Annual statistical returns and brief notes on vaccination in Bengal - 1887-1898
Year: 1887
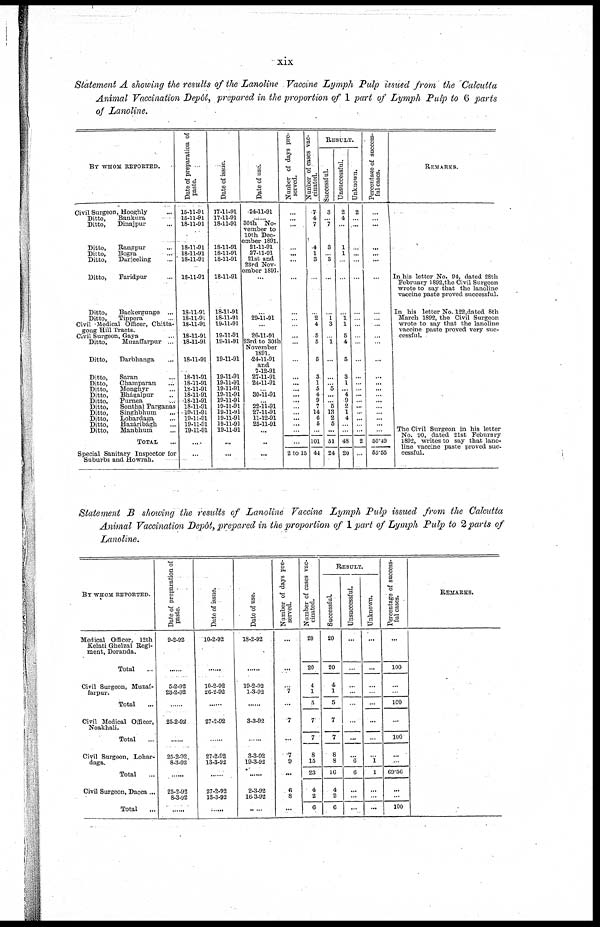
xix
Statement A showing the results of the Lanoline Vaccine Lymph Pulp issued from the Calcutta
Animal Vaccination Depôt, prepared in the proportion of 1 part of Lymph Pulp to 6 parts
of Lanoline.
BY WHOM REPORTED.
Civil Surgeon, Hooghly ...
Ditto,
Bankura ...
Ditto,
Dinajpur ...
Ditto,
Rangpur ...
Ditto,
Bogra ...
Ditto,
Darjeeling ...
Ditto,
Faridpur ...
Ditto,
Backergunge ...
Ditto,
Tippera ...
Civil Medical Officer, Chitta-
gong Hill Tracts.
Civil surgeon, Gaya ...
Ditto,
Muzaffarpur ...
Ditto,
Darbhanga ...
Ditto,
Saran ...
Ditto,
Champaran ...
Ditto,
Monghyr ...
Ditto,
Bhágalpur ...
Ditto,
Purnea ...
Ditto,
Sonthal Parganas
Ditto,
Singhbhum ...
Ditto,
Lohardaga ...
Ditto,
Hazáribágh ...
Ditto,
Manbhum ...
TOTAL ...
Special Sanitary Inspector for
Suburbs and Howrah.
Date of preparation of
paste.
15-11-91
15-11-91
18-11-91
18-11-91
18-11-91
18-11-91
18-11-91
18-11-91
18-11-91
18-11-91
18-11-91
18-11-91
18-11-91
18-11-91
18-11-91
18-11-91
18-11-91
18-11-91
18-11-91
19-11-91
19-11-91
19-11-91
19-11-91
...
...
Date of issue.
17-11-91
17-11-91
18-11-91
18-11-91
18-11-91
18-11-91
18-11-91
18-11-91
18-11-91
19-11-91
19-11-91
19-11-91
19-11-91
19-11-91
19-11-91
19-11-91
19-11-91
19-11-91
19-11-91
19-11-91
19-11-91
19-11-91
19-11-91
...
...
Date of use.
24-11-91
......
30th No-
vember to
10th Dec-
ember 1891.
21-11-91
27-11-91
21st and
23rd Nov-
ember 1891.
...
...
29-11-91
...
26-11-91
23rd to 30th
November
1891.
24-11-91
and
7-12-91
27-11-91
24-11-91
... 30-11-91
...
22-11-91
27-11-91
11-12-91
25-11-91
...
...
...
Nunber of days pre-
served.
...
...
...
...
...
...
...
...
...
...
...
...
...
...
...
...
...
...
...
...
...
...
...
...
2 to 15
Nunber of cases vac-
cinated.
7
4
7
4
1
3
...
...
2
4
5
5
5
3
1
5
4
9
7
14
6
5
...
101
44
RESULT.
Successful.
3
...
7
3
...
3
...
...
1
3
1
...
...
... 5
...
...
5
13
2
5
...
51
24
Unsuccessful.
2
4
...
1
1
...
...
...
1
1
5
4
5
3
1
... 4
9
2
1
4
...
...
48
20
Unknown.
2
...
...
...
...
...
...
...
...
...
...
...
...
...
...
...
...
...
...
...
...
...
...
2
...
Percentage of success-
ful cases.
...
...
...
...
...
...
...
...
...
...
...
...
...
...
...
...
...
...
...
...
...
...
...
50.49
55.55
REMARKS.
...
...
...
...
...
...
In his letter No. 94, dated 28th
February 1892,the Civil Surgeon
wrote to say that the lanoline
vaccine paste proved successful.
In his letter No. 122,dated 8th
March 1892, the Civil Surgeon
wrote to say that the lanoline
vaccine paste proved very suc-
cessful.
The Civil Surgeon in his letter
No. 90, dated 21st Feburary
1892, writes to say that lano-
line vaccine paste proved suc-
cessful.
Statement B showing the results of Lanoline Vaccine Lymph Pulp issued from the Calcutta
Animal Vaccination Depôt, prepared in the proportion of 1part of Lymph Pulp to 2 parts of
Lanoline.
BY WHOM REPORTED.
Medical Officer, 12th
Kelati Ghelzai Regi-
ment, Doranda.
Total ...
Civil Surgeon, Muzaf-
farpur.
Total ...
Civil Medical Officer,
Noakhali.
Total ...
Civil Surgeon, Lohar-
daga.
Total ...
Civil Surgeon, Dacca...
Total ...
Date of preparation of
paste.
9-2-92
......
5-2-92
23-2-92
......
25-2-92
......
25-2-92
8-3-92
......
25-2-92
8-3-92
......
Date of issue.
10-2-92
......
10-2-92
26-2-92
......
27-2-92
......
27-2-92
13-3-92
......
27-2-92
13-3-92
......
Date of use.
18-2-92
......
19-2-92
1-3-92
......
3-3-92
......
3-3-92
19-3-92
......
2-3-92
16-3-92
......
Number of days pre-
served.
...
...
...
7
...
7
...
7
9
...
6
8
...
Number of cases vac-
cinated.
20
20
4
1
5
7
7
8
15
23
4
2
6
RESULT.
Successful.
20
20
4
1
5
7
7
8
8
16
4
2
6
Unsuccessful.
...
...
...
...
...
...
...
...
6
6
... ...
...
Unknown.
...
...
...
...
...
...
...
...
1
1
... ...
...
Percentage of success-
ful cases.
...
100
...
...
100
...
100
...
...
69.56
...
...
100
REMARKS.